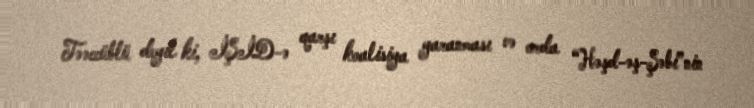
Təəccüblü deyil ki, İŞİD-ə qarşı koalisiya yaranması və orda “Həşd-əş-Şəbi”nin